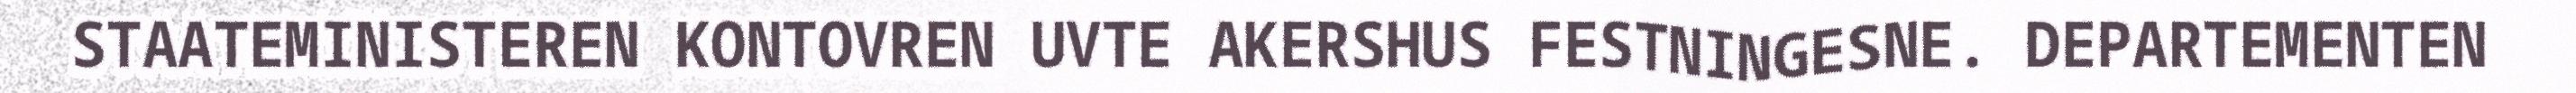
STAATEMINISTEREN KONTOVREN UVTE AKERSHUS FESTNINGESNE. DEPARTEMENTEN